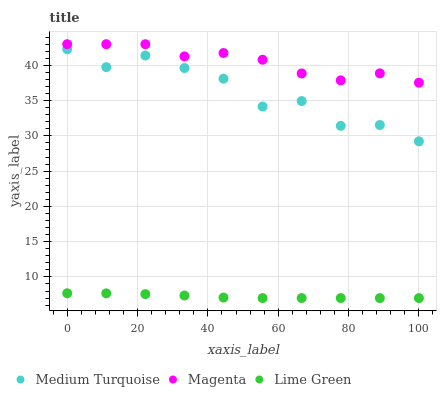
| xaxis_label | Medium Turquoise | Magenta | Lime Green |
 | --- | --- | --- | --- |
 | 0 | 42.3 | 43 | 7.68 |
 | 11.1 | 39.7 | 43 | 7.67 |
 | 22.2 | 41.4 | 43 | 7.56 |
 | 33.3 | 39.6 | 41.3 | 7.36 |
 | 44.4 | 38.1 | 41.8 | 7.07 |
 | 55.6 | 34.2 | 40.8 | 7 |
 | 66.7 | 34.9 | 38.9 | 7 |
 | 77.8 | 31.4 | 37.9 | 7 |
 | 88.9 | 31.5 | 38.9 | 7 |
 | 100 | 29.2 | 37.5 | 7 |